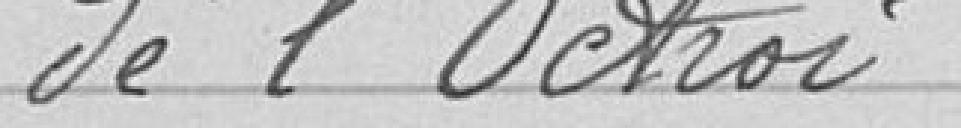
de l'Octroi